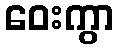
ဝေးကွာ